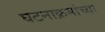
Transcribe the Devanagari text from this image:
घटनाक्रमांच्या